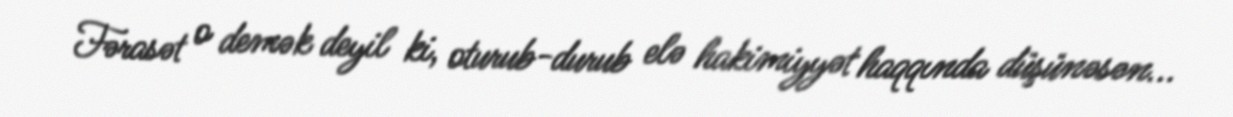
Fərasət o demək deyil ki, oturub-durub elə hakimiyyət haqqında düşünəsən...